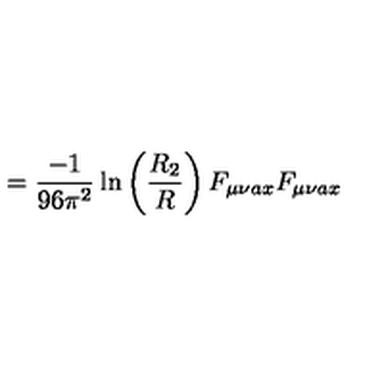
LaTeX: = \frac { - 1 } { 9 6 \pi ^ { 2 } } \ln \left( \frac { R _ { 2 } } { R } \right) F _ { \mu \nu a x } F _ { \mu \nu a x }